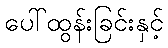
ပေါ်ထွန်းခြင်းနှင့်